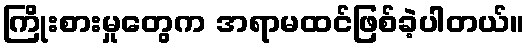
ကြိုးစားမှုတွေက အရာမထင်ဖြစ်ခဲ့ပါတယ်။